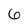
Character: 6